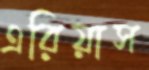
এরিয়াস